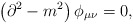
\begin{align*}\left( \partial^2 - m^2 \right) \phi_{\mu\nu} = 0,\end{align*}